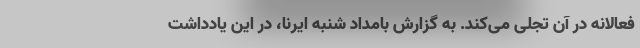
فعالانه در آن تجلی می‌کند. به گزارش بامداد شنبه ایرنا، در این یادداشت